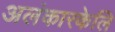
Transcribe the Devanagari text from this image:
अलंकारकेलि